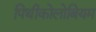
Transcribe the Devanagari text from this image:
पिथीकोलोबियम